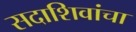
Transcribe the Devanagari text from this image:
सदाशिवांचा